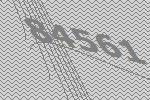
84561